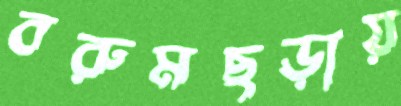
বরুমছড়ায়